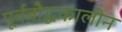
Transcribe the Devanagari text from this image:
पूर्वबौद्धकालीन